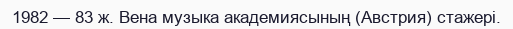
1982 — 83 ж. Вена музыка академиясының (Австрия) стажері.